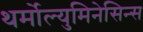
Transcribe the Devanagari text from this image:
थर्मोल्युमिनेसिन्स